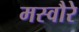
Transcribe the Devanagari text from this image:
मस्वौरे